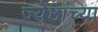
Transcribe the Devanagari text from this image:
ज्येष्ठांच्या